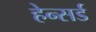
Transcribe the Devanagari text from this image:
हेन्सर्ड